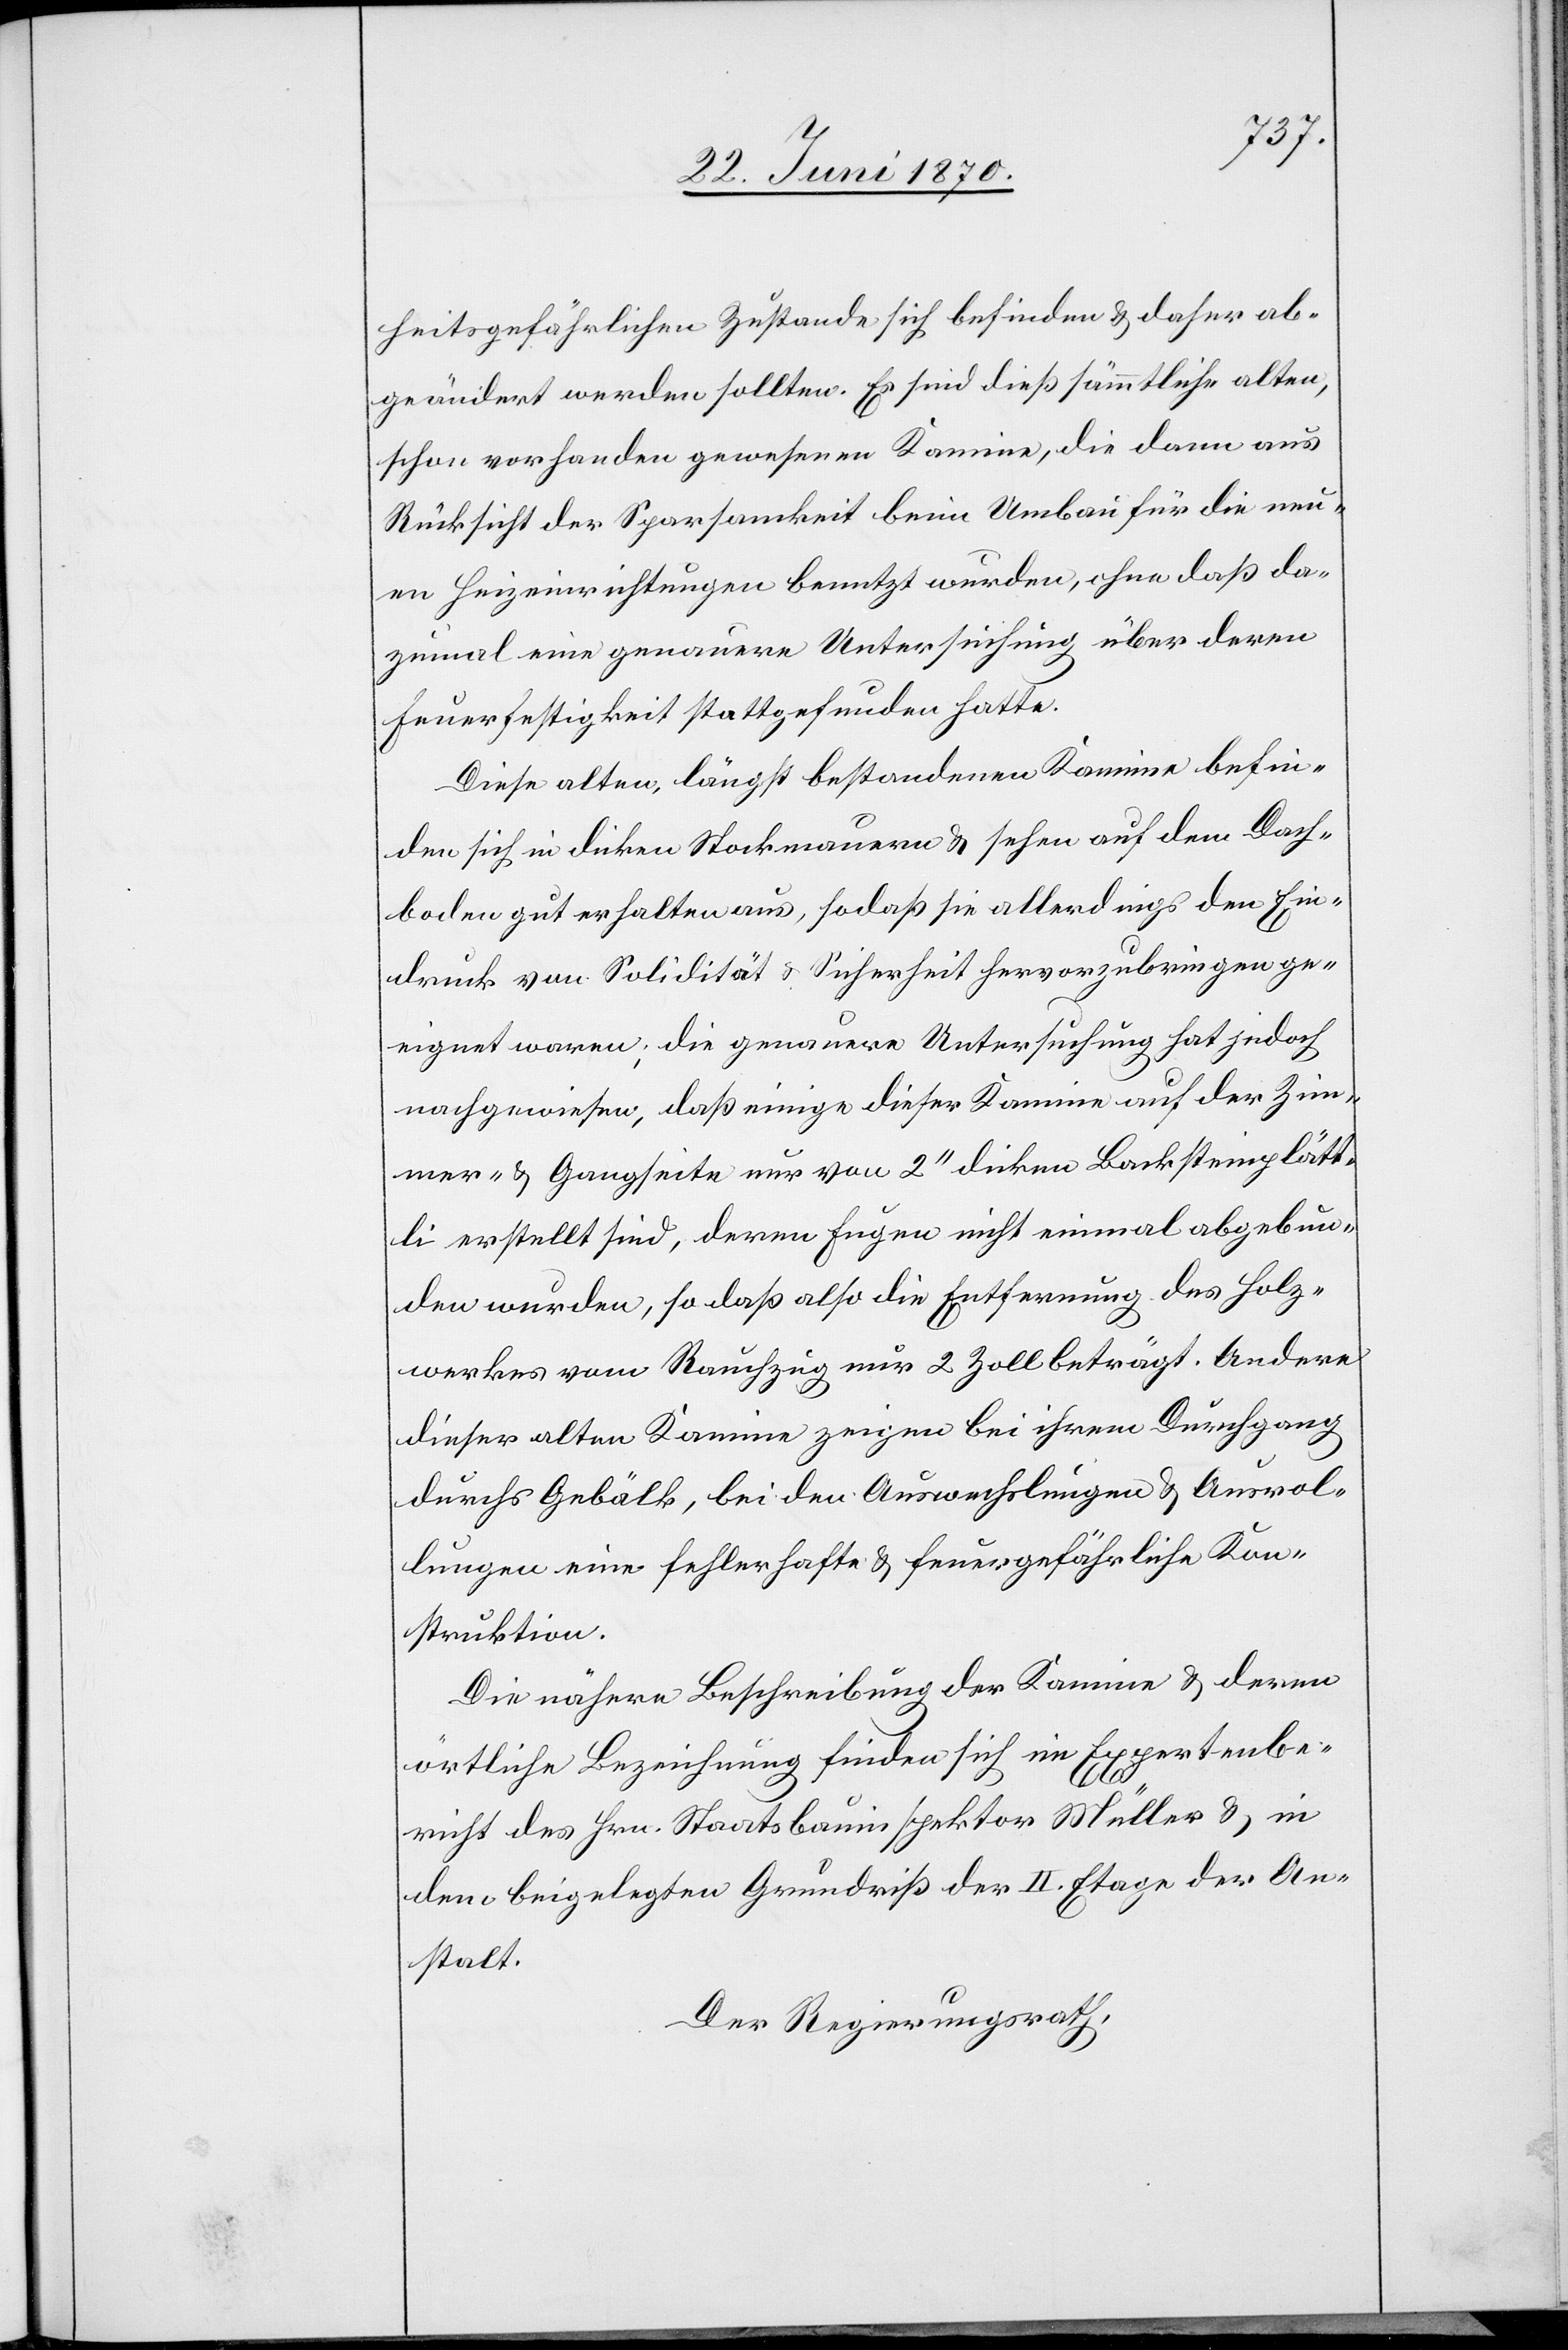
heitsgefährlichen Zustande sich befinden & daher ab¬
geändert werden sollten. Es sind dieß sämmtliche alten,
schon vorhanden gewesenen Kamine, die dann aus
Rücksicht der Sparsamkeit beim Umbau für die neu¬
en Heizeinrichtungen benutzt wurden, ohne daß da¬
zumal eine genauere Untersuchung über deren
Feuerfestigkeit stattgefunden hatte.
Diese alten, längst bestandenen Kamine befin¬
den sich in dicken Stockmauern & sehen auf dem Dach¬
boden gut erhalten aus, sodaß sie allerdings den Ein¬
druck von Solidität & Sicherheit hervorzubringen ge¬
eignet waren; die genauere Untersuchung hat jedoch
nachgewiesen, daß einige dieser Kamine auf der Zim¬
mer- & Gangseite nur von 2‘‘ dicken Backsteinplätt¬
li erstellt sind, deren Fugen nicht einmal abgebun¬
den wurden, so daß also die Entfernung des Holz¬
werkes vom Rauchzug nur 2 Zoll beträgt. Andere
dieser alten Kamine zeigen bei ihrem Durchgang
durchs Gebälk, bei den Auswechslungen & Ausrol¬
lungen eine fehlerhafte & feuergefährliche Kon¬
struktion.
Die nähere Beschreibung der Kamine & deren
örtliche Bezeichnung finden sich im Expertenbe¬
richt des Hrn. Staatsbauinspektor Müller & in
dem beigelegten Grundriß der II. Etage der An¬
stalt.
Der Regierungsrath